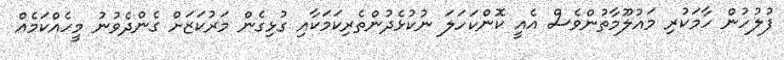
ފުލުހުން ހާމަކުރި މައުލޫމާތުންވެސް އެއީ ކޮންކަހަލަ ނުކުޅެދުންތެރިކަމަކާއި ގުޅިގެން މަރުކަޒަށް ގެންދެވުނު މީހެއްކަމެއް